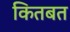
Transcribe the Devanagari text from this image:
कितबत